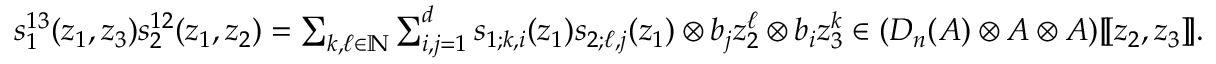
\begin{array} { r l } & { s _ { 1 } ^ { 1 3 } ( z _ { 1 } , z _ { 3 } ) s _ { 2 } ^ { 1 2 } ( z _ { 1 } , z _ { 2 } ) = \sum _ { k , \ell \in \mathbb { N } } \sum _ { i , j = 1 } ^ { d } s _ { 1 ; k , i } ( z _ { 1 } ) s _ { 2 ; \ell , j } ( z _ { 1 } ) \otimes b _ { j } z _ { 2 } ^ { \ell } \otimes b _ { i } z _ { 3 } ^ { k } \in ( D _ { n } ( A ) \otimes A \otimes A ) [ \! [ z _ { 2 } , z _ { 3 } ] \! ] . } \end{array}